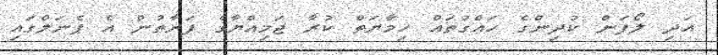
އަދި ލޯފަން ކުދިންގެ ހައްގުތައް ހިމާޔަތް ކުރާ ޖަމިއްޔާގެ ފަރާތުން އެ ޕެނަލްގައި